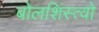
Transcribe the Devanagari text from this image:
बोलशिंस्त्वो